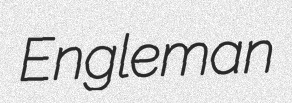
Engleman